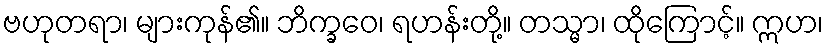
ဗဟုတရာ၊ များကုန်၏။ ဘိက္ခဝေ၊ ရဟန်းတို့။ တသ္မာ၊ ထိုကြောင့်။ ဣဟ၊